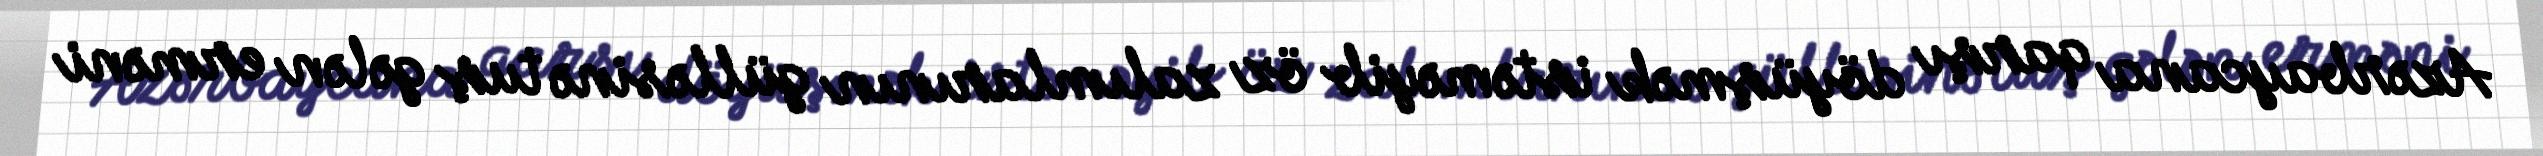
Azərbaycana qarşı döyüşmək istəməyib öz zalımlarının gülləsinə tuş gələn erməni